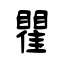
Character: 瞿